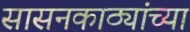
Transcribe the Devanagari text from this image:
सासनकाठ्यांच्या